system: You are a helpful assistant.
user:
Analyze the provided spectrum to determine if it is a **Carbon Star (C-type)**.

- **Key Visual Indicators of Carbon Star:**
    - **(Primary):** Strong molecular absorption from **C₂ (diatomic carbon) "Swan Bands."** This is the **defining feature** of a carbon star.
        - **(Key Bandheads):** Sharp absorption edges are visible at approximately $5635$ Å, $5165$ Å (the strongest band), and $4737$ Å.
        - **(Line Profile):** Creates a distinct **"saw-tooth"** pattern. The key morphology is a sharp, steep bandhead on the **red (long-wavelength) side**, which then gradually tapers off (i.e., flux recovers) towards the **blue (short-wavelength) side**. *(This is the direct opposite of the TiO bands seen in M-type stars)*.

    - **(Secondary):** Intense **CN (cyanogen)** molecular absorption bands.
        - **(Key Bandheads):** Located in the blue and violet regions of the spectrum (e.g., near $4215$ Å and $3883$ Å).
        - **(Morphology):** These bands are extremely broad and act as a "blanket," absorbing the vast majority of blue and violet light. This creates a characteristic **"cliff"** or **"steep drop-off"** in the spectrum's flux at short wavelengths.

    - **(Key Confirmation):** Strong **CH absorption band (G-band)**.
        - **(Key Bandhead):** Located around $4300$ Å. The contribution from CH molecules to this band is exceptionally strong.

    - **(Overall Spectrum):**
        - The continuum is severely "chopped up" by these deep molecular bands, especially C₂, rather than appearing as a smooth curve.
        - Due to the heavy CN and C₂ absorption in the blue-green, the vast majority of the star's flux is concentrated in the red part of the spectrum, giving the star its characteristic deep red color.

Think first, call **spectral_visualization_tool** if needed to examine features in detail, then provide your final answer. Your response must adhere to the following strict rules:
1.  **Overall Structure:** Your response must follow the format `<think>...</think> <tool_call>...</tool_call> (if a tool is used) <answer>...</answer>`.
2.  **Tool Usage Constraint:** You may only make **one** tool call per turn.
3.  **Final Answer Format:** In the `<answer>` tag, your conclusion must be inside a `\boxed{}` command (e.g., `\boxed{YES}`), followed by your justification.

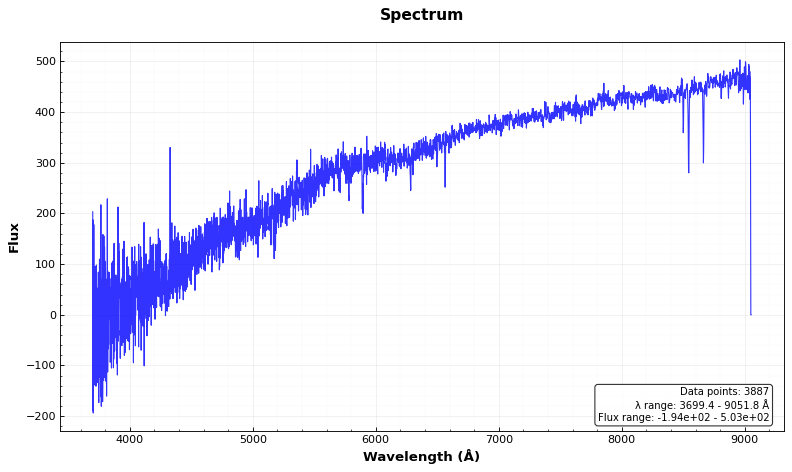
Answer: NO